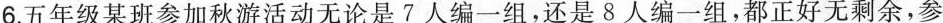
6.五年级某班参加秋游活动无论是7人编一组，还是8人编一组，都正好无剩余，参